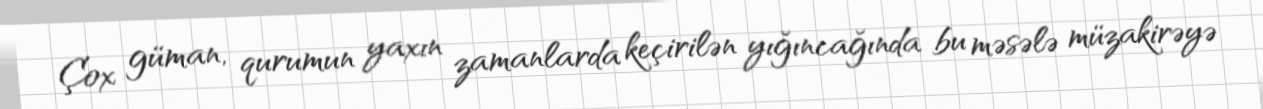
Çox güman, qurumun yaxın zamanlarda keçirilən yığıncağında bu məsələ müzakirəyə